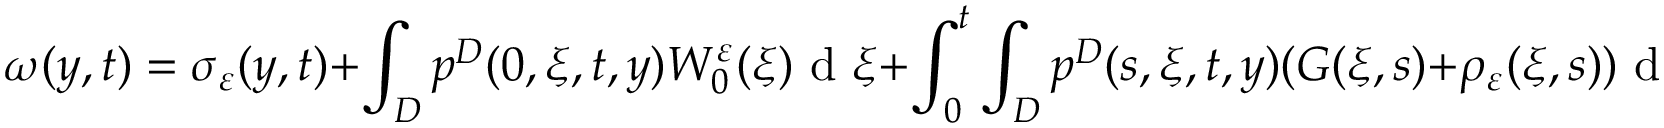
\omega ( y , t ) = \sigma _ { \varepsilon } ( y , t ) + \int _ { D } p ^ { D } ( 0 , \xi , t , y ) W _ { 0 } ^ { \varepsilon } ( \xi ) \textrm { d } \xi + \int _ { 0 } ^ { t } \int _ { D } p ^ { D } ( s , \xi , t , y ) ( G ( \xi , s ) + \rho _ { \varepsilon } ( \xi , s ) ) \textrm { d } \xi \textrm { d } s ,